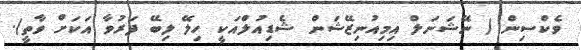
ވެކްސިން ( ނޭޝަނަލް އިމިއުނިޒޭޝަން ޝެޑިއުލްއަކީ ހިލޭ ލިބޭ ފަރުވާ އަކަށް ވާތީ).